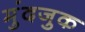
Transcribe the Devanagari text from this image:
मुंदजुक